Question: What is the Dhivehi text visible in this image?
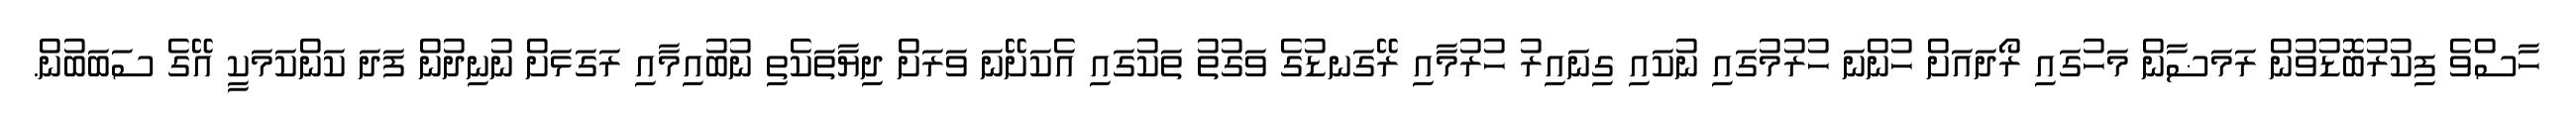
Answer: ހާސްވެ ފިކުރުބޮޑުވުން ރަމަޟާން މަހުގައި ރޯދައަށް ހުންނަ ހުރުމުގައި ނުކައި ގިނައިރު ހުރުމާއި ރޭގަނޑުގެ ވަގުތު ތަކުގައި އެކަށޭނަ ވަރަށް ދިޔާތަކެތި ނުބުއިމާއި ރަގަޅަށް ނުނިދުން ފަދަ ކަންކަމަކީ އޭގެ ސަބަބުން.